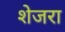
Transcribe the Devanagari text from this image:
शेजरा